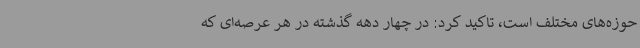
حوزه‌های مختلف است، تاکید کرد: در چهار دهه گذشته در هر عرصه‌ای که